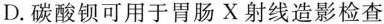
D.碳酸钡可用于胃肠X射线造影检查